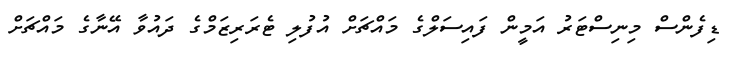
ޑިފެންސް މިނިސްޓަރު އަމީން ފައިސަލްގެ މައްޗަށް އުފުލި ޓެރަރިޒަމްގެ ދައުވާ އޭނާގެ މައްޗަށް